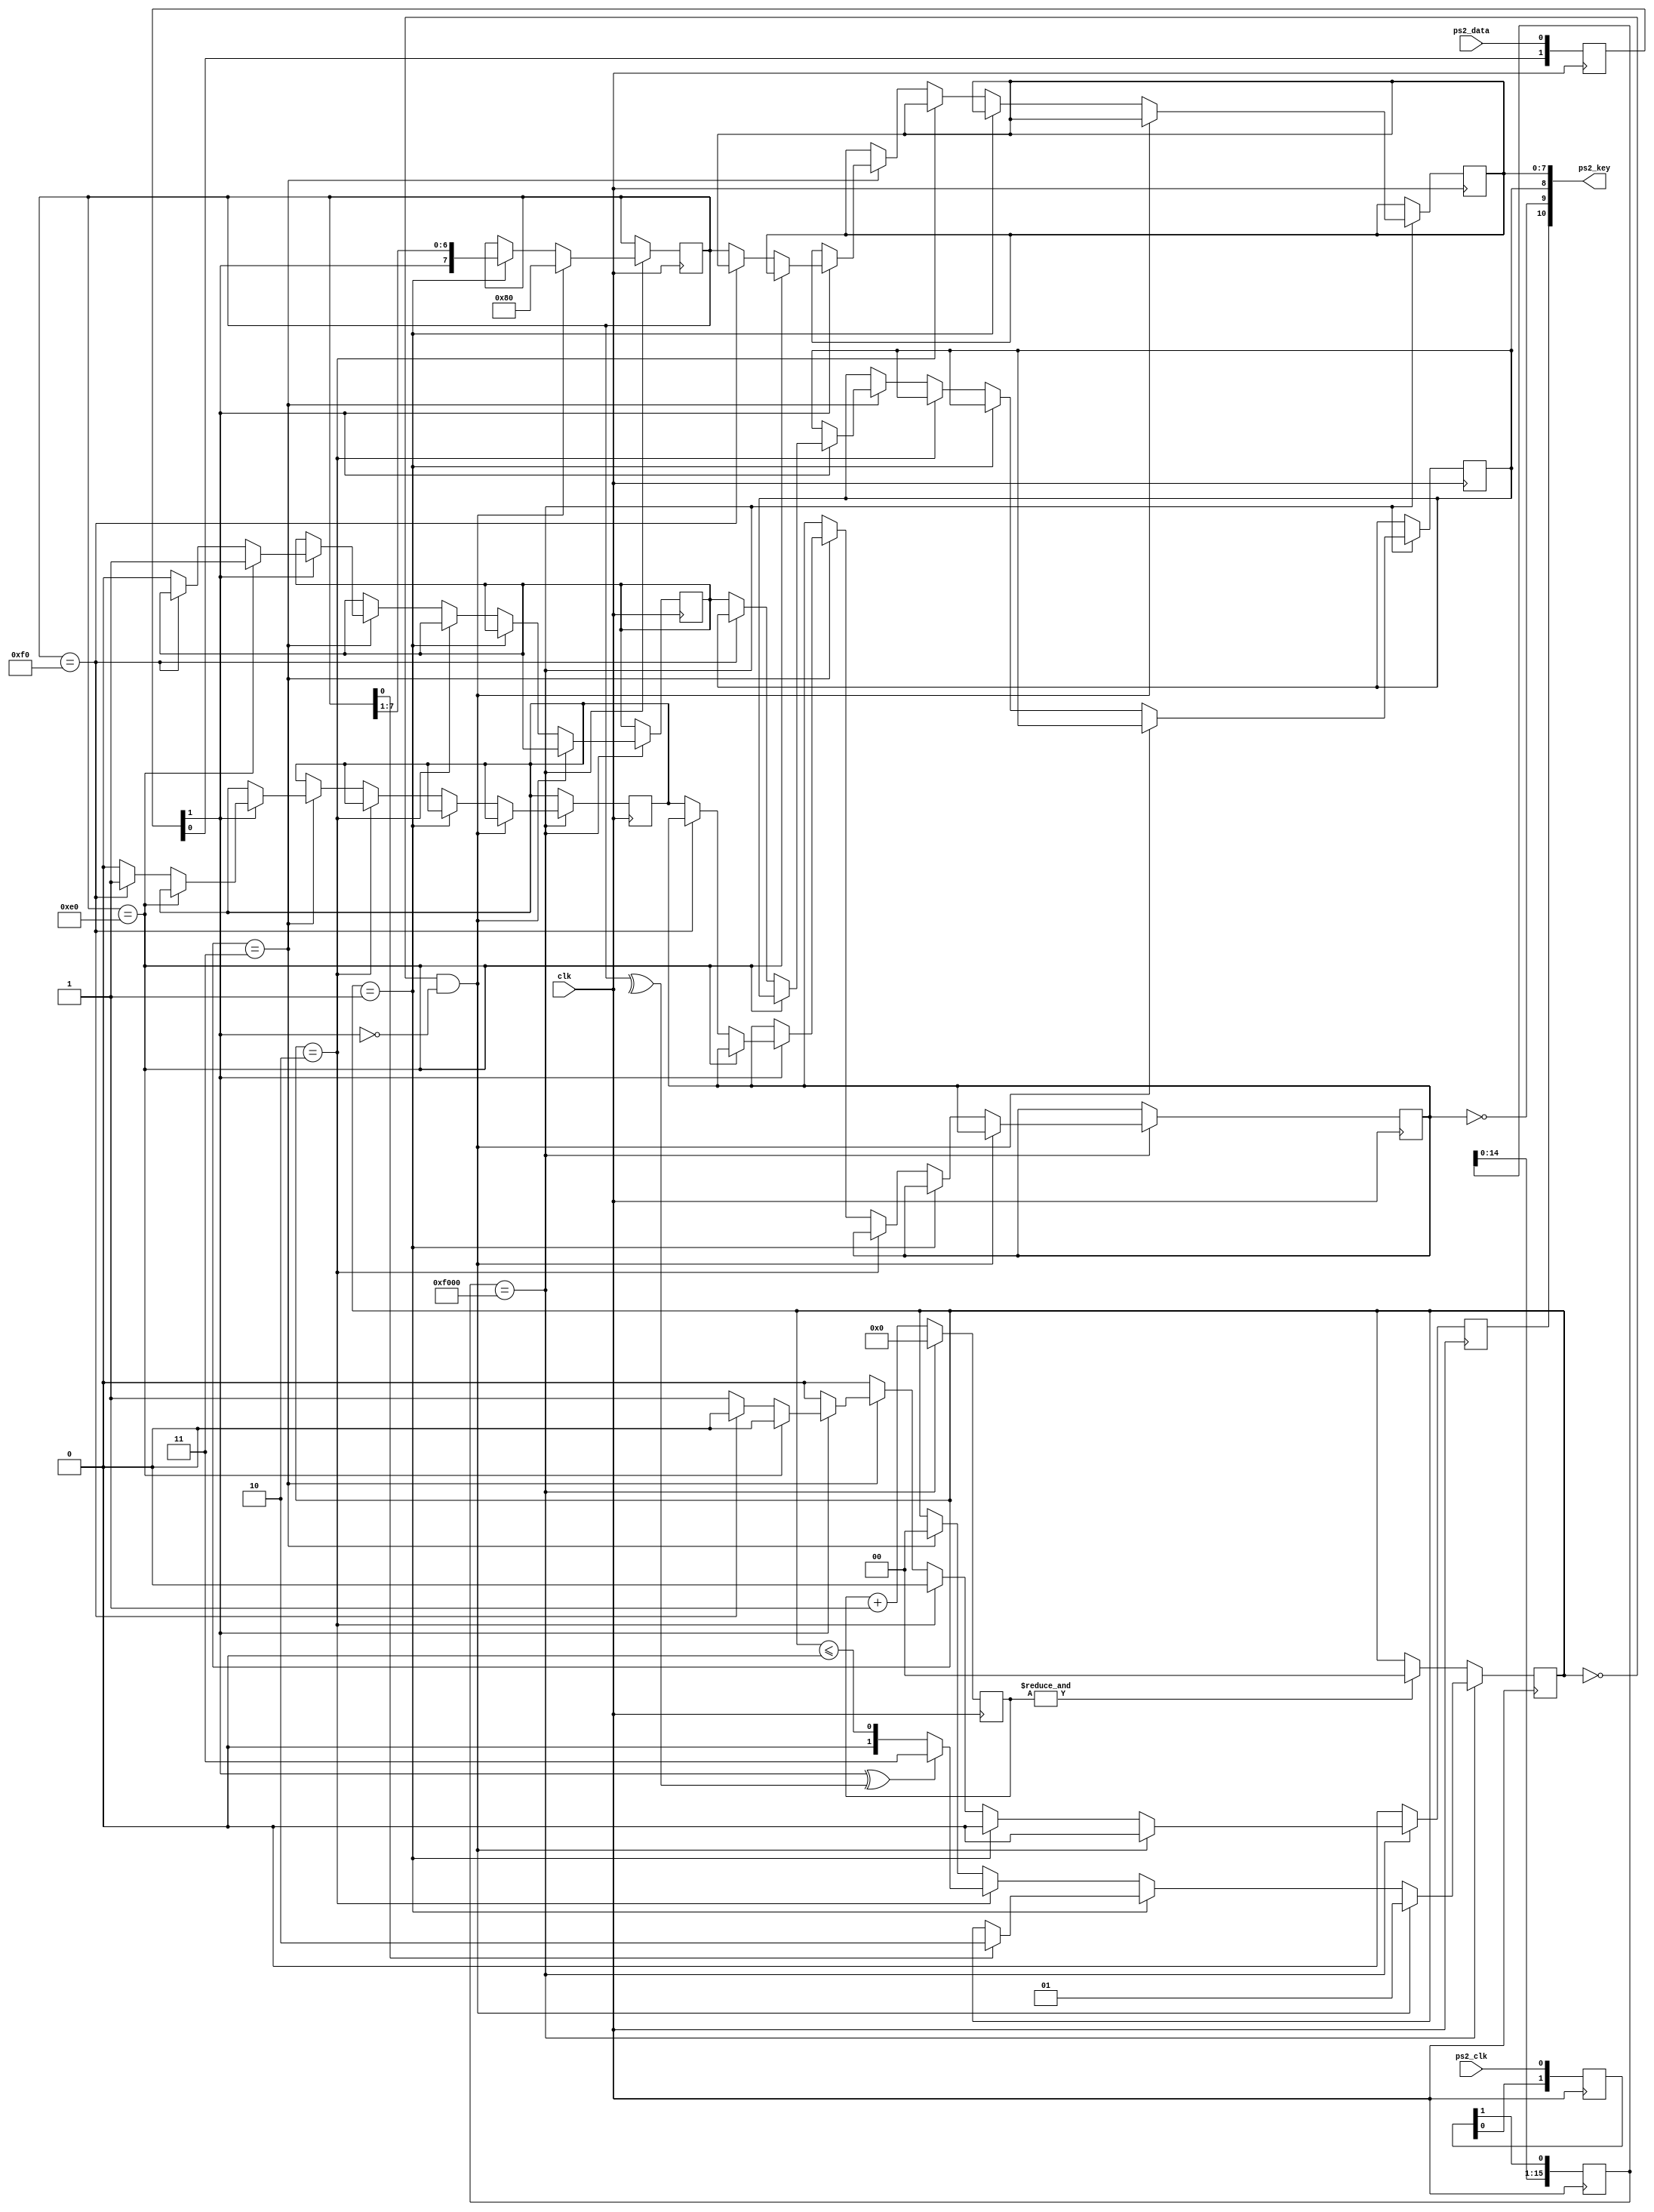
`timescale 1ns / 1ps
`default_nettype none

module ps2 (
    input wire clk,
    input wire ps2_clk,
    input wire ps2_data,
    output wire[10:0] ps2_key
);

    `define RCVSTART    2'b00
    `define RCVDATA     2'b01 
    `define RCVPARITY   2'b10
    `define RCVSTOP     2'b11

    reg [7:0] scancode;
    reg       extended = 1'b0;
    reg       released = 1'b0;
    reg       kb_interrupt = 1'b0;
    reg       kb_released = 1'b0;
    reg       kb_extended = 1'b0;

    reg [7:0] key = 8'h00;
    reg [1:0] state = `RCVSTART;
    
    assign ps2_key = {kb_interrupt, !kb_released, kb_extended, scancode};

    // Synchronise ps2 clock and data with system clock
    reg [1:0] ps2clk_synchr;
    reg [1:0] ps2dat_synchr;
    wire ps2clk = ps2clk_synchr[1];
    wire ps2data = ps2dat_synchr[1];
    
    always @(posedge clk) begin
        ps2clk_synchr[0] <= ps2_clk;
        ps2clk_synchr[1] <= ps2clk_synchr[0];
        ps2dat_synchr[0] <= ps2_data;
        ps2dat_synchr[1] <= ps2dat_synchr[0];
    end

    // De-glitcher. Detect falling edge of ps2_clk
    reg [15:0] negedge_detect = 16'h0000;
    always @(posedge clk) begin
        negedge_detect <= {negedge_detect[14:0], ps2clk};
    end
    wire ps2clk_edge = (negedge_detect == 16'hF000);
    
    // Time out and return to start state if no falling edge is detected
    // on ps2_clk for 64k clock cycles
    reg [15:0] timeout_cnt = 0;

    always @(posedge clk) begin
        kb_interrupt <= 1'b0;

        if (ps2clk_edge) begin
            timeout_cnt <= 16'h0000;
            if (state == `RCVSTART && !ps2data) begin // Start bit
                state <= `RCVDATA;
                key <= 8'h80;
            end else if (state == `RCVDATA) begin
                key <= {ps2data, key[7:1]};
                if (key[0]) state <= `RCVPARITY;
            end else if (state == `RCVPARITY) begin
		state <= ps2data ^ ^key ? `RCVSTOP : state <= `RCVSTART;
            end else if (state == `RCVSTOP) begin
                state <= `RCVSTART;                
                if (ps2data) begin // Stop bit
                   if (key == 8'hE0) extended <= 1'b1;
                   else if (key == 8'hF0) released <= 1'b1;
                   else begin
                     scancode <= key;
		     kb_released <= released;
		     kb_extended <= extended;
		     extended <= 1'b0;
		     released <= 1'b0;
                     kb_interrupt <= 1'b1;
                   end
                end
            end      
        end else begin
            timeout_cnt <= timeout_cnt + 1;
	    if (&timeout_cnt) begin
              state <= `RCVSTART;
              //extended <= 1'b0;
              //released <= 2'b0;
            end
        end
    end
endmodule